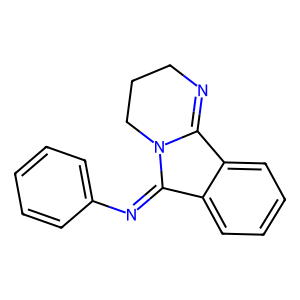
SMILES: c1ccc(N=C2c3ccccc3C3=NCCCN32)cc1
Inhibits HIV replication: No